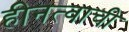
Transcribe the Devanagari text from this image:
हीनत्वाची